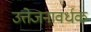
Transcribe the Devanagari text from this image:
उत्तेजनावर्धक